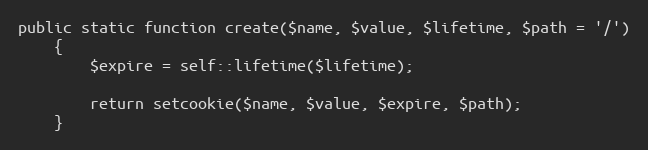
Language: PHP
public static function create($name, $value, $lifetime, $path = '/')
    {
        $expire = self::lifetime($lifetime);

        return setcookie($name, $value, $expire, $path);
    }